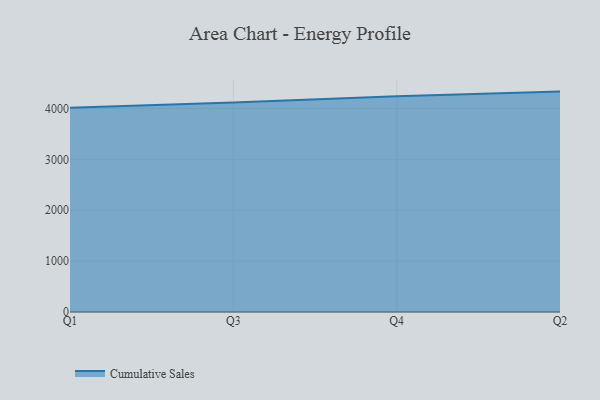
{"axis": {"x": "Quarter", "y": "Bounce Rate (%)"}, "legend": ["Cumulative Sales"], "data": [{"x": "Q1", "y": 4015.3, "type": "Cumulative Sales"}, {"x": "Q3", "y": 4115.4, "type": "Cumulative Sales"}, {"x": "Q4", "y": 4241.3, "type": "Cumulative Sales"}, {"x": "Q2", "y": 4331.4, "type": "Cumulative Sales"}]}